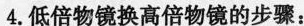
4.低倍物镜换高倍物镜的步骤：